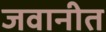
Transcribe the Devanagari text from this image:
जवानीत